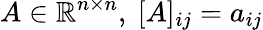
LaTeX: A\in\mathbb{R}^{n\times n},~[A]_{ij}=a_{ij}